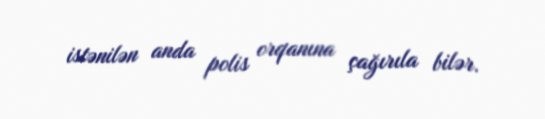
istənilən anda polis orqanına çağırıla bilər.